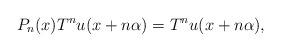
LaTeX: \begin{align*}P_n(x) T^nu(x+n\alpha)=T^n u(x+n\alpha),\end{align*}